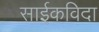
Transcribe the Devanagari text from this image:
साईकविदा